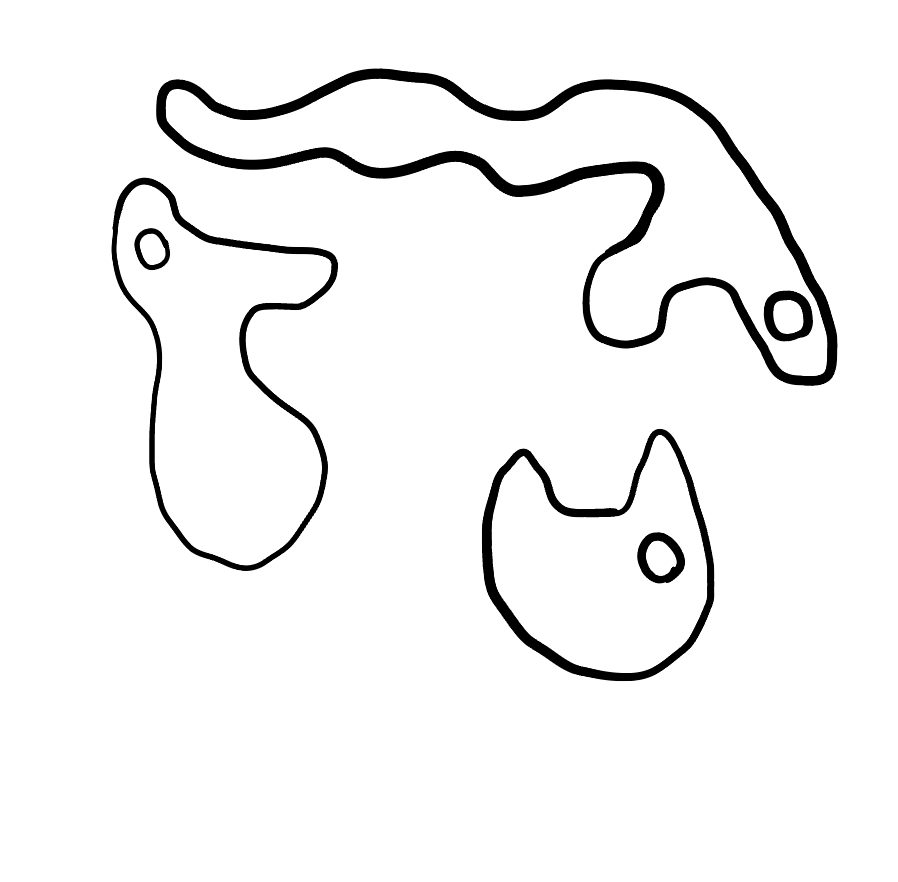
Number of regions (including the outer root region): 7
Containment tree edges (parent, child): 0, 1, 0, 3, 0, 5, 1, 2, 3, 4, 5, 6